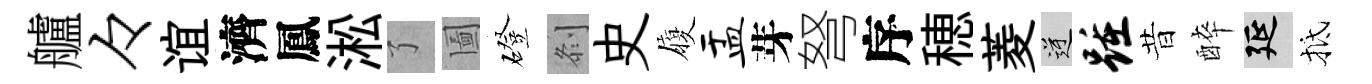
艫々谊濟鳳淞了圗磴𠛴史履盂芽弩序穂菱逆踵昔醉延抵